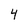
Character: 4